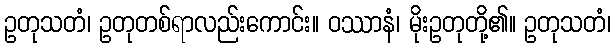
ဥတုသတံ၊ ဥတုတစ်ရာလည်းကောင်း။ ဝဿာနံ၊ မိုးဥတုတို့၏။ ဥတုသတံ၊